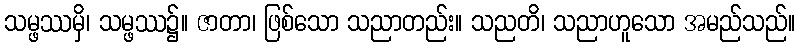
သမ္ဖဿမှိ၊ သမ္ဖဿ၌။ ဇာတာ၊ ဖြစ်သော သညာတည်း။ သညတိ၊ သညာဟူသော အမည်သည်။